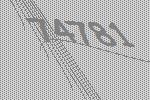
74781